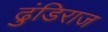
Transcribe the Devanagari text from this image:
ढुंडिराज